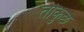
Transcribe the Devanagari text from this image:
तोकुछ